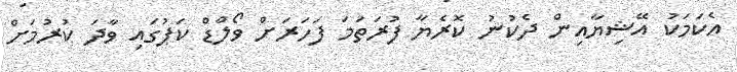
އެކަމަކު އޭޝިޔާއިން ދެކުނު ކޮރެޔާ ފުރަތަމަ ފަހަރަށް ވޯލްޑް ކަޕުގައި ވާދަ ކުރުމަށް